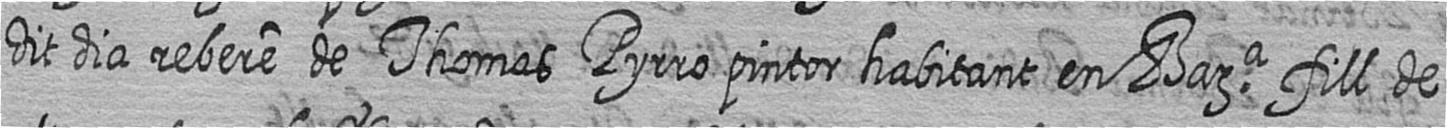
dit dia rebere de Thomas Pyrro pintor habitant en Bara fill de